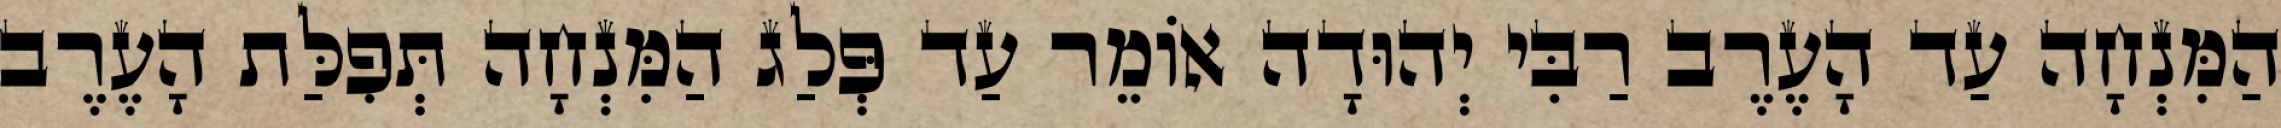
הַמִּנְחָה עַד הָעֶרֶב רַבִּי יְהוּדָה אוֹמֵר עַד פְּלַג הַמִּנְחָה תְּפִלַּת הָעֶרֶב